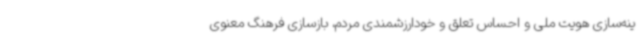
ینه‌سازی هویت ملی و احساس تعلق و خودارزشمندی مردم، بازسازی فرهنگ معنوی